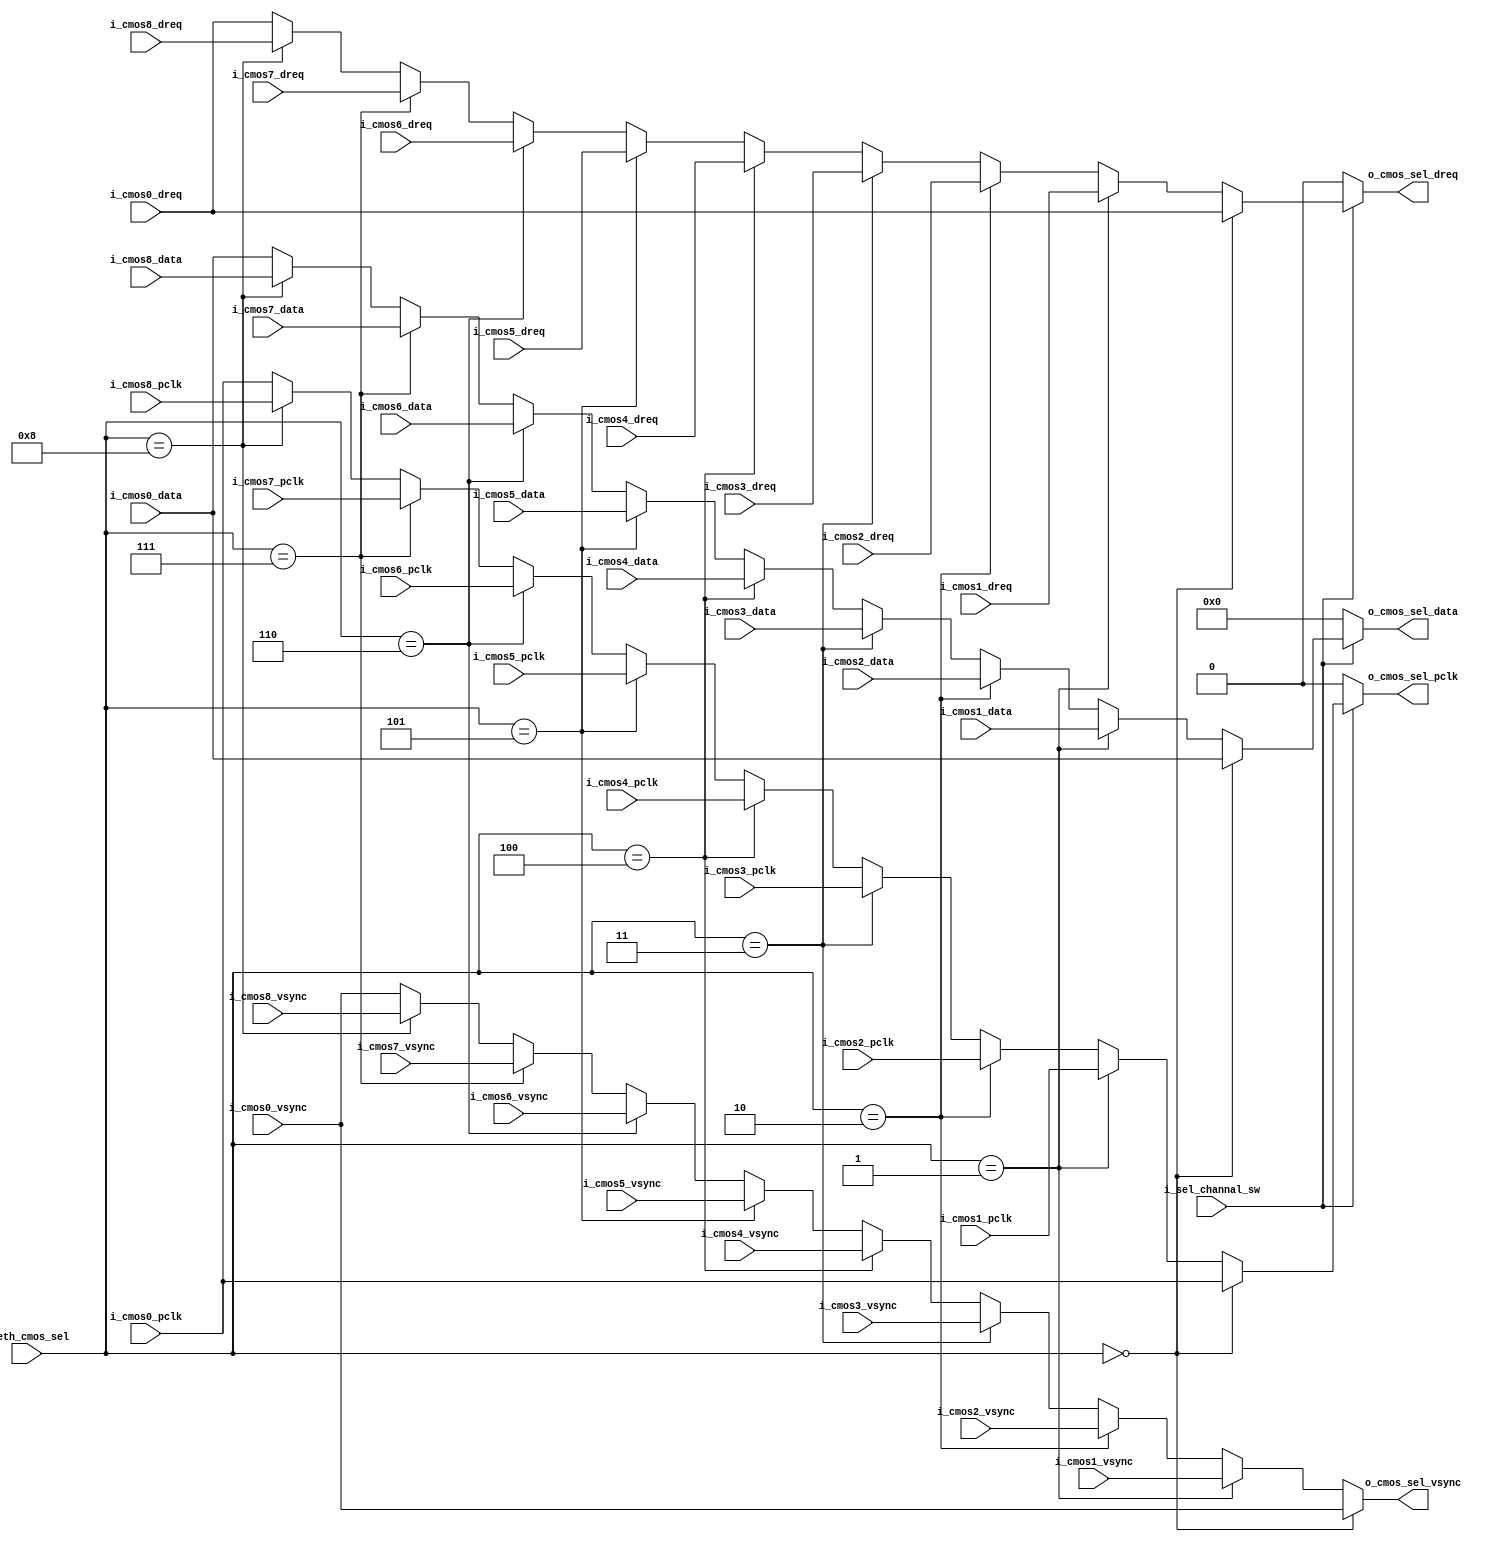
module cmos_switch_mould 
#(
    parameter cmos_num = 4'd3 )
(
    input  wire          i_sel_channal_sw ,
    input  wire [3:0]    i_eth_cmos_sel   ,
    //----------------------------------------------------//
    // cmos_port_0
    //----------------------------------------------------//
    input  wire          i_cmos0_pclk     ,
    input  wire [31: 0]  i_cmos0_data     ,
    input  wire          i_cmos0_dreq     ,
    input  wire          i_cmos0_vsync    ,
    //----------------------------------------------------//
    // cmos_port_1
    //----------------------------------------------------//
    input  wire          i_cmos1_pclk     ,
    input  wire [31: 0]  i_cmos1_data     ,
    input  wire          i_cmos1_dreq     ,
    input  wire          i_cmos1_vsync    ,
    //----------------------------------------------------//
    // cmos_port_2
    //----------------------------------------------------//
    input  wire          i_cmos2_pclk     ,
    input  wire [31: 0]  i_cmos2_data     ,
    input  wire          i_cmos2_dreq     ,
    input  wire          i_cmos2_vsync    ,
    //----------------------------------------------------//
    // cmos_port_3
    //----------------------------------------------------//
    input  wire          i_cmos3_pclk     ,
    input  wire [31: 0]  i_cmos3_data     ,
    input  wire          i_cmos3_dreq     ,
    input  wire          i_cmos3_vsync    ,
    //----------------------------------------------------//
    // cmos_port_4
    //----------------------------------------------------//
    input  wire          i_cmos4_pclk     ,
    input  wire [31: 0]  i_cmos4_data     ,
    input  wire          i_cmos4_dreq     ,
    input  wire          i_cmos4_vsync    ,
    //----------------------------------------------------//
    // cmos_port_5
    //----------------------------------------------------//
    input  wire          i_cmos5_pclk     ,
    input  wire [31: 0]  i_cmos5_data     ,
    input  wire          i_cmos5_dreq     ,
    input  wire          i_cmos5_vsync    ,
    //----------------------------------------------------//
    // cmos_port_6
    //----------------------------------------------------//
    input  wire          i_cmos6_pclk     ,
    input  wire [31: 0]  i_cmos6_data     ,
    input  wire          i_cmos6_dreq     ,
    input  wire          i_cmos6_vsync    ,
    //----------------------------------------------------//
    // cmos_port_7
    //----------------------------------------------------//
    input  wire          i_cmos7_pclk     ,
    input  wire [31: 0]  i_cmos7_data     ,
    input  wire          i_cmos7_dreq     ,
    input  wire          i_cmos7_vsync    ,
    //----------------------------------------------------//
    // cmos_port_8
    //----------------------------------------------------//
    input  wire          i_cmos8_pclk     ,
    input  wire [31: 0]  i_cmos8_data     ,
    input  wire          i_cmos8_dreq     ,
    input  wire          i_cmos8_vsync    ,
    //----------------------------------------------------//
    // cmos_port_sel
    //----------------------------------------------------//
    output wire          o_cmos_sel_pclk  ,
    output wire [31: 0]  o_cmos_sel_data  ,
    output wire          o_cmos_sel_dreq  ,
    output wire          o_cmos_sel_vsync 
);

//----------------------------------------------------//
// assign
//----------------------------------------------------//
assign o_cmos_sel_data = i_sel_channal_sw ? ((i_eth_cmos_sel == 4'd0) ? (i_cmos0_data):(
                                             (i_eth_cmos_sel == 4'd1) ? (i_cmos1_data):(
                                             (i_eth_cmos_sel == 4'd2) ? (i_cmos2_data):(
                                             (i_eth_cmos_sel == 4'd3) ? (i_cmos3_data):(
                                             (i_eth_cmos_sel == 4'd4) ? (i_cmos4_data):(
                                             (i_eth_cmos_sel == 4'd5) ? (i_cmos5_data):(
                                             (i_eth_cmos_sel == 4'd6) ? (i_cmos6_data):(
                                             (i_eth_cmos_sel == 4'd7) ? (i_cmos7_data):(
                                             (i_eth_cmos_sel == 4'd8) ? (i_cmos8_data): 
                                             i_cmos0_data ))))))))):1'b0; 
assign o_cmos_sel_dreq = i_sel_channal_sw ? ((i_eth_cmos_sel == 4'd0) ? (i_cmos0_dreq):(
                                             (i_eth_cmos_sel == 4'd1) ? (i_cmos1_dreq):(
                                             (i_eth_cmos_sel == 4'd2) ? (i_cmos2_dreq):(
                                             (i_eth_cmos_sel == 4'd3) ? (i_cmos3_dreq):(
                                             (i_eth_cmos_sel == 4'd4) ? (i_cmos4_dreq):(
                                             (i_eth_cmos_sel == 4'd5) ? (i_cmos5_dreq):(
                                             (i_eth_cmos_sel == 4'd6) ? (i_cmos6_dreq):(
                                             (i_eth_cmos_sel == 4'd7) ? (i_cmos7_dreq):(
                                             (i_eth_cmos_sel == 4'd8) ? (i_cmos8_dreq): 
                                             i_cmos0_dreq ))))))))):1'b0; 
assign o_cmos_sel_vsync = 1'b1 ? ((i_eth_cmos_sel == 4'd0) ? (i_cmos0_vsync):(
                                  (i_eth_cmos_sel == 4'd1) ? (i_cmos1_vsync):(
                                  (i_eth_cmos_sel == 4'd2) ? (i_cmos2_vsync):(
                                  (i_eth_cmos_sel == 4'd3) ? (i_cmos3_vsync):(
                                  (i_eth_cmos_sel == 4'd4) ? (i_cmos4_vsync):(
                                  (i_eth_cmos_sel == 4'd5) ? (i_cmos5_vsync):(
                                  (i_eth_cmos_sel == 4'd6) ? (i_cmos6_vsync):(
                                  (i_eth_cmos_sel == 4'd7) ? (i_cmos7_vsync):(
                                  (i_eth_cmos_sel == 4'd8) ? (i_cmos8_vsync): 
                                  i_cmos0_vsync ))))))))) : 1'b0; 
assign o_cmos_sel_pclk = i_sel_channal_sw ? ((i_eth_cmos_sel == 4'd0) ? (i_cmos0_pclk):(
                                             (i_eth_cmos_sel == 4'd1) ? (i_cmos1_pclk):(
                                             (i_eth_cmos_sel == 4'd2) ? (i_cmos2_pclk):(
                                             (i_eth_cmos_sel == 4'd3) ? (i_cmos3_pclk):(
                                             (i_eth_cmos_sel == 4'd4) ? (i_cmos4_pclk):(
                                             (i_eth_cmos_sel == 4'd5) ? (i_cmos5_pclk):(
                                             (i_eth_cmos_sel == 4'd6) ? (i_cmos6_pclk):(
                                             (i_eth_cmos_sel == 4'd7) ? (i_cmos7_pclk):(
                                             (i_eth_cmos_sel == 4'd8) ? (i_cmos8_pclk): 
                                             i_cmos0_pclk ))))))))) : 1'b0; 
endmodule